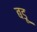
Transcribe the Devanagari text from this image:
बडू